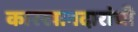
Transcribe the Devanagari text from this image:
कारखानदारांची